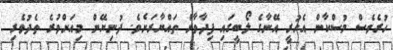
ހުރެވެސް މުސްކާން އެހުރީ އޭނާގެ ލޯބީގައި ފިދާވާން ތައްޔާރަށެވެ. ދުނިޔޭން މިއަށްވުރެ ތެދުވެރި